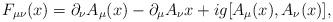
LaTeX: \begin{align*}F_{\mu\nu}(x) = \partial_\nu A_\mu(x) - \partial_\mu A_\nu{x} + ig [A_\mu(x), A_\nu(x)],\end{align*}